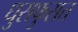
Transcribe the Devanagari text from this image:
धुसफुसत